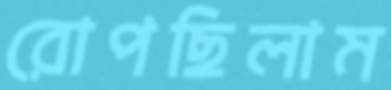
রোপছিলাম